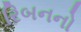
રિબનનો